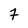
Character: 7